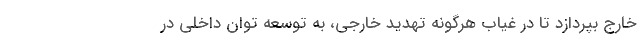
خارج بپردازد تا در غیاب هرگونه تهدید خارجی، به توسعه توان داخلی در